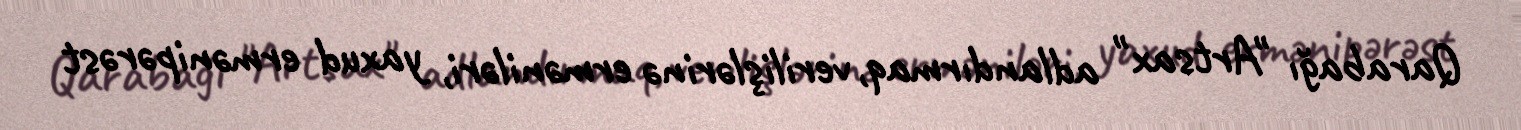
Qarabağı "Artsax" adlandırmaq, verilişlərinə erməniləri, yaxud ermənipərəst